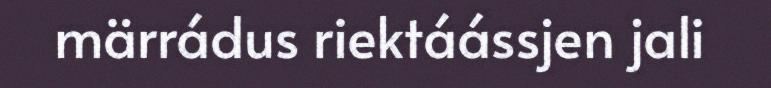
märrádus riektáássjen jali